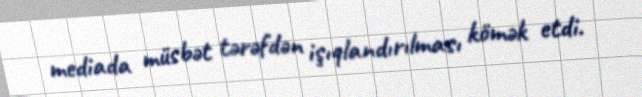
mediada müsbət tərəfdən işıqlandırılması kömək etdi.